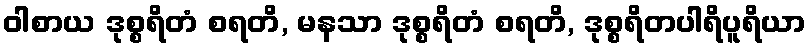
ဝါစာယ ဒုစ္စရိတံ စရတိ, မနသာ ဒုစ္စရိတံ စရတိ, ဒုစ္စရိတပါရိပူရိယာ